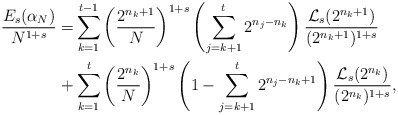
\begin{align*}\frac{E_{s}(\alpha_{N})}{N^{1+s}}= & \sum_{k=1}^{t-1}\left(\frac{2^{n_{k}+1}}{N}\right)^{1+s}\left(\sum_{j=k+1}^{t}2^{n_{j}-n_{k}}\right)\frac{\mathcal{L}_{s}(2^{n_{k}+1})}{(2^{n_{k}+1})^{1+s}}\\ + & \sum_{k=1}^{t}\left(\frac{2^{n_{k}}}{N}\right)^{1+s}\left(1-\sum_{j=k+1}^{t}2^{n_{j}-n_{k}+1}\right)\frac{\mathcal{L}_{s}(2^{n_{k}})}{(2^{n_{k}})^{1+s}},\end{align*}